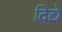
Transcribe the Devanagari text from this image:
दिद्ये